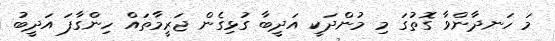
މަ ހަނދާންވާ ގޮތުގަ މި މުންދަކީ އަދީބާ ގުޅިގެން ޖަރީމާތައް ހިންގާފަ އަދީބު